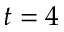
t = 4